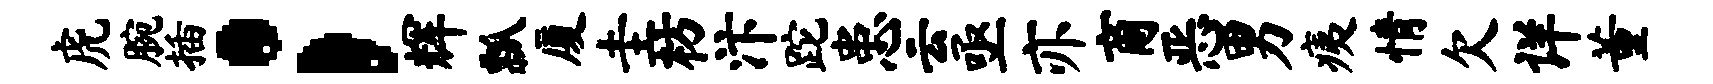
虎腕插；辉瓢厦圭枋汴跎患云亟亦商恶男痍情欠详董